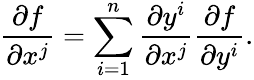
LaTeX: {\frac{\partial f}{\partial x^{j}}}=\sum_{i=1}^{n}{\frac{\partial y^{i}}{\partial x^{j}}}{\frac{\partial f}{\partial y^{i}}}.